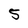
Character: 5